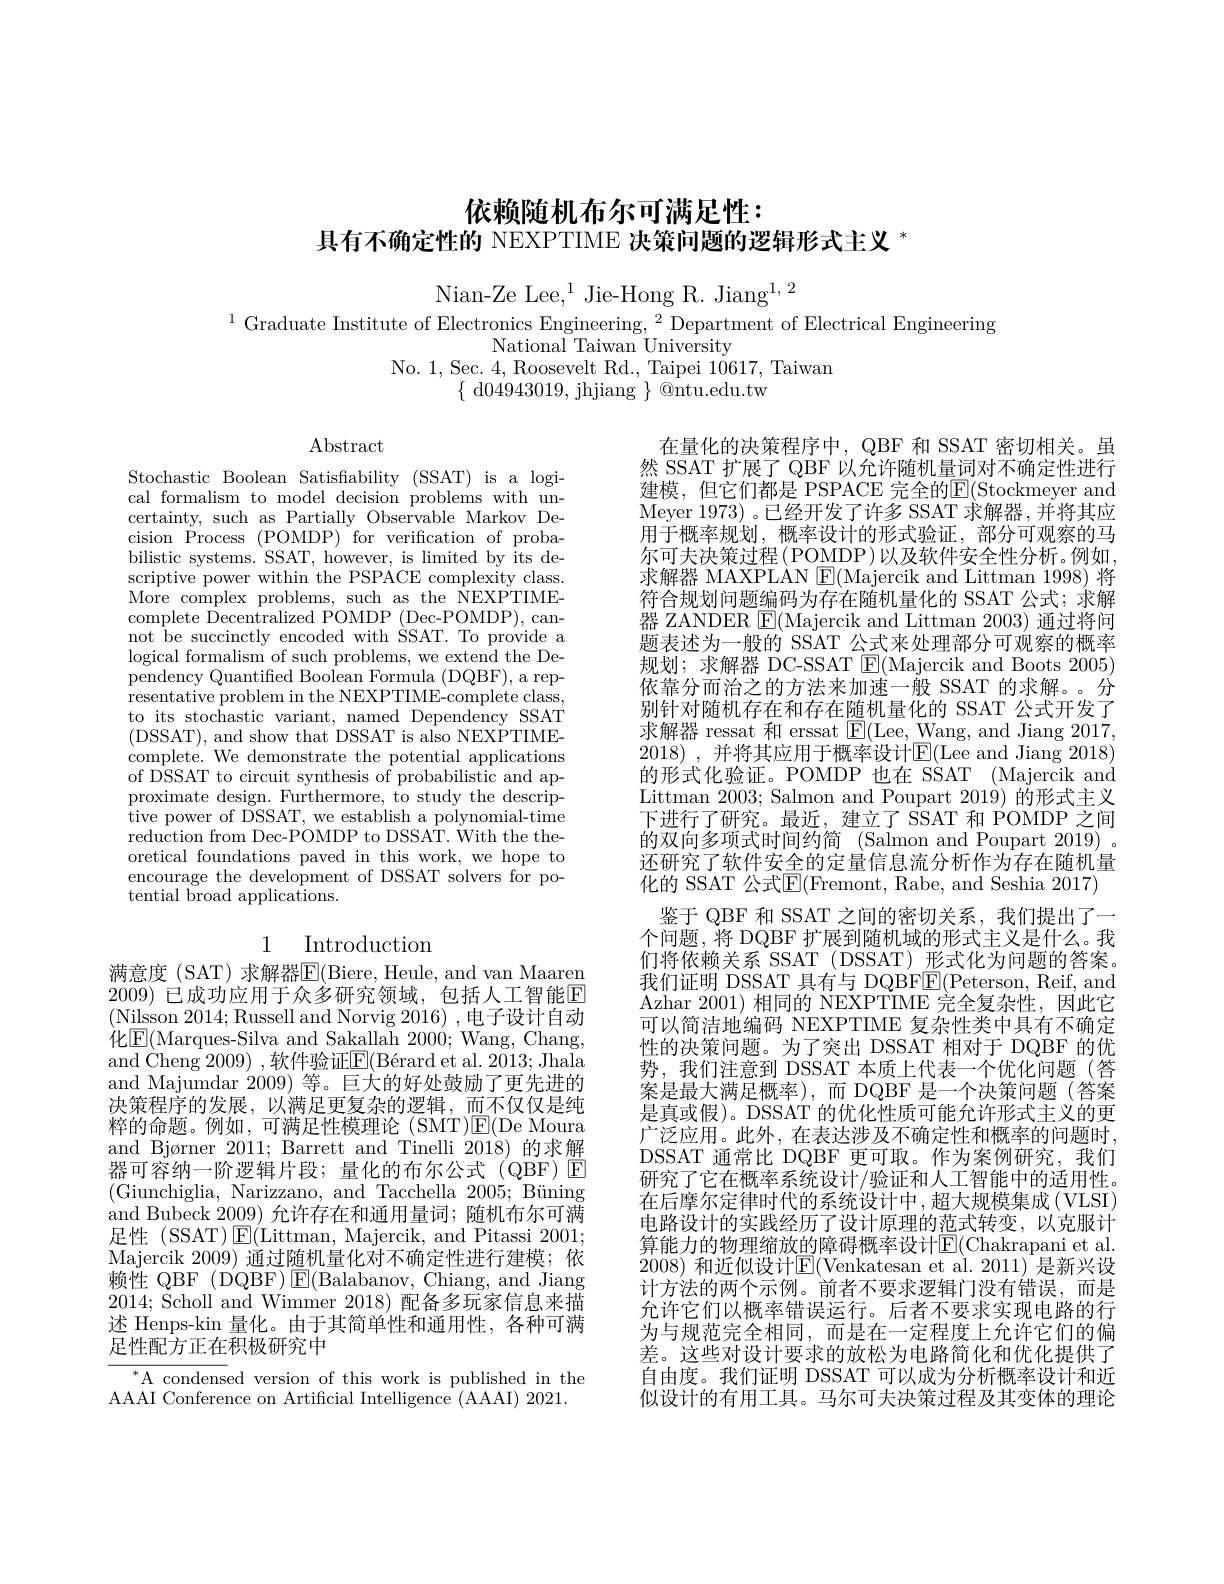
依赖随机布尔可满足性：
具有不确定性的 NEXPTIME 决策问题的逻辑形式主义$^{*}$

Nian-Ze Lee,$^1$Jie-Hong R. Jiang$^{1,2}$
$^{1}$ Graduate Institute of Electronics Engineering, $^2$ Department of Electrical Engineering
National Taiwan University
No. 1, Sec. 4, Roosevelt Rd., Taipei 10617, Taiwan
$\{\begin{array}{c}{\mathrm{d}04943019,\mathrm{~jhjiang~}}\\\end{array}\}\begin{array}{c}{\mathrm{@ntu.edu.tw}}\end{array}$

Abstract

Stochastic Boolean Satisfiability (SSAT) is a logical formalism to model decision problems with uncertainty, such as Partially Observable Markov Decision Process (POMDP) for verification of probabilistic systems. SSAT, however, is limited by its descriptive power within the PSPACE complexity class. $\hat{\text{More complex problems, such as the \^{N}EXPTIME-}}$ complete Decentralized POMDP (Dec-POMDP),cannot be succinctly encoded with $\dot{\text{SSAT. To provide a}}$ logical formalism of such problems, we extend the Dependency Quantified Boolean Formula (DQBF), a representative problem in the NEXPTIME-complete class, to its stochastic variant, named Dependency SSAT (DSSAT), and show that DSSAT is also NEXPTIMEcomplete. We demonstrate the potential applications of DSSAT to circuit synthesis of probabilistic and approximate design. Furthermore, to study the descriptive power of DSSAT, we establish a polynomial-time reduction from Dec-POMDP to DSSAT. With the theoretical foundations paved in this work, we hope to encourage the development of DSSAT solvers for potential broad applications.

## 1 Introduction

满意度 (SAT) 求解器E(Biere, Heule, and van Maaren 2009) 已成功应用于众多研究领域，“包括人工智能$\mathbb{E}$ (Nilsson 2014; Russell and Norvig 2016) ,电子设计自动化$\boxed{\mathrm{E}}($Marques-Silva and Sakallah 2000; Wang, Chang, and Cheng 2009) , 软件验证E$( \text{B\' erardetal. 2013; Jhala}$ and Majumdar 2009) 等。巨大的好处鼓励了更先进的决策程序的发展，以满足更复杂的逻辑，而不仅仅是纯粹的命题。例如，可满足性模理论 (SMT)E(De Moura and Bjørner 2011; Barrett and Tinelli 2018) 的求解器可容纳一阶逻辑片段；量化的布尔公式(QBF)回(Giunchiglia, Narizzano, and Tacchella 2005; Büning and Bubeck 2009) 允许存在和通用量词；随机布尔可满足性 (SSAT) E(Littman, Majercik, and Pitassi 2001; Majercik 2009)通过随机量化对不确定性进行建模；依赖性 QBF (DQBF) E(Balabanov, Chiang, and Jiang 2014; Scholl and Wimmer 2018) 配备多玩家信息来描述 Henps-kin 量化。由于其简单性和通用性，各种可满足性配方正在积极研究中

${^{*}\text{A condens}}$ed version of this work is published in the
AAAI Conference on Artificial Intelligence (AAAI) 2021.

在量化的决策程序中，QBF 和 SSAT 密切相关。虽然 SSAT 扩展了 QBF 以允许随机量词对不确定性进行建模，但它们都是 PSPACE 完全的E$( Stockmeyer and$ Meyer 1973)。已经开发了许多 SSAT 求解器，并将其应用于概率规划，概率设计的形式验证，部分可观察的马尔可夫决策过程(POMDP)以及软件安全性分析。例如， 求解器 MAXPLAN $\operatorname{E}($Majercik and Littman 1998)将符合规划问题编码为存在随机量化的 SSAT 公式；求解器 ZANDER $\operatorname{E}($Majercik and Littman 2003) 通过将问题表述为一般的 SSAT 公式来处理部分可观察的概率规划；求解器 DC-SSAT $\underline{\mathrm{E}}($Majercik and Boots 2005) 依靠分而治之的方法来加速一般 SSAT 的求解。。分别针对随机存在和存在随机量化的 SSAT 公式开发了求解器 ressat 和 erssat $\boxed{\mathrm{F}}($Lee, Wang, and Jiang 2017, 2018) , 并将其应用于概率设计E(Lee and Jiang 2018) 的形式化验证。POMDP 也在 SSAT (Majercik and Littman 2003; Salmon and Poupart 2019) 的形式主义下进行了研究。最近，建立了$\dot{\text{SSAT 和 POMDP 之间}}$ 的双向多项式时间约简 (Salmon and Poupart 2019) 。还研究了软件安全的定量信息流分析作为存在随机量化的 SSAT 公式$\boxed{\mathrm{E}}($Fremont, Rabe, and Seshia 2017)
鉴于 QBF 和 SSAT 之间的密切关系，我们提出了一个问题，将 DQBF 扩展到随机域的形式主义是什么。我们将依赖关系 SSAT (DSSAT)形式化为问题的答案。我们证明 DSSAT 具有与 DQBF$\underline{\mathrm{E}}($Peterson, Reif, and Azhar 2001)相同的 NEXPTIME 完全复杂性，因此它可以简洁地编码 NEXPTIME 复杂性类中具有不确定性的决策问题。为了突出 DSSAT 相对于 DQBF 的优势，我们注意到 DSSAT 本质上代表一个优化问题(答案是最大满足概率),而 DQBF 是一个决策问题(答案是真或假)。DSSAT 的优化性质可能允许形式主义的更广泛应用。此外，在表达涉及不确定性和概率的问题时， DSSAT 通常比 DQBF 更可取。作为案例研究，我们研究了它在概率系统设计/验证和人工智能中的适用性。在后摩尔定律时代的系统设计中，超大规模集成(VLSI) 电路设计的实践经历了设计原理的范式转变，以克服计算能力的物理缩放的障碍概率设计$\operatorname{E}($Chakrapani et al. 2008) 和近似设计E(Venkatesan et al.2011) 是新兴设计方法的两个示例。前者不要求逻辑门没有错误，而是允许它们以概率错误运行。后者不要求实现电路的行为与规范完全相同，而是在一定程度上允许它们的偏差。这些对设计要求的放松为电路简化和优化提供了自由度。我们证明 DSSAT 可以成为分析概率设计和近似设计的有用工具。马尔可夫决策过程及其变体的理论